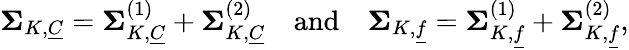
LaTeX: \begin{array}{r}{\mathbf{\Sigma}_{K,\underline{{C}}}=\mathbf{\Sigma}_{K,\underline{{C}}}^{(1)}+\mathbf{\Sigma}_{K,\underline{{C}}}^{(2)}\quad\mathrm{and}\quad\mathbf{\Sigma}_{K,\underline{{f}}}=\mathbf{\Sigma}_{K,\underline{{f}}}^{(1)}+\mathbf{\Sigma}_{K,\underline{{f}}}^{(2)},}\end{array}